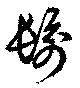
髿